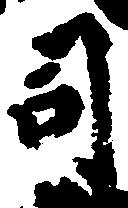
司